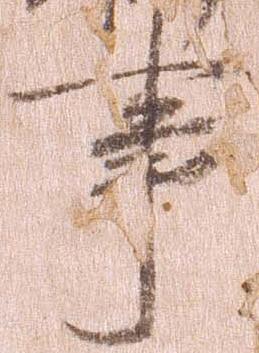
事